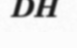
DH